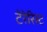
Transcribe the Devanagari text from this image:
टेरेरिस्ट